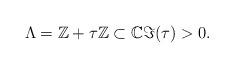
LaTeX: \begin{gather*}\Lambda=\mathbb Z+\tau \mathbb Z \subset \mathbb C \Im(\tau)>0.\end{gather*}